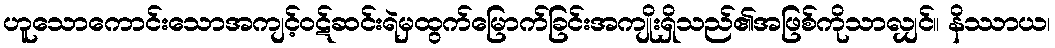
ဟူသောကောင်းသောအကျင့်ဝဋ်ဆင်းရဲမှထွက်မြောက်ခြင်းအကျိုးရှိသည်၏အဖြစ်ကိုသာလျှင်။ နိဿာယ၊